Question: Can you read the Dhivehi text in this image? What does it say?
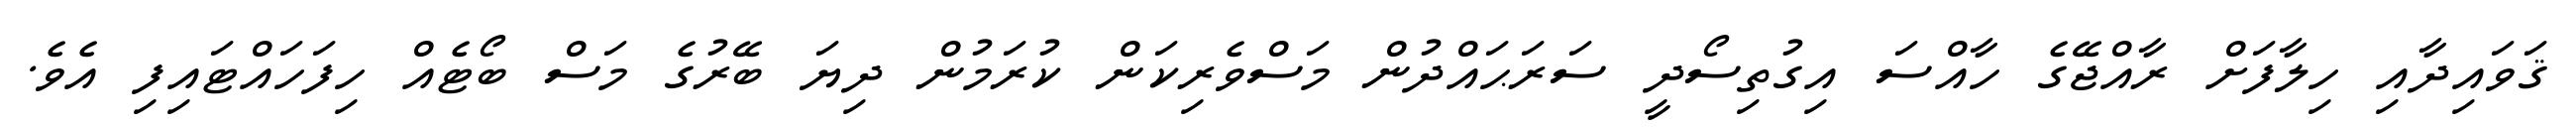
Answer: ޤަވައިދާއި ހިލާފަށް ރާއްޖޭގެ ހާއްސަ އިގުތިސޯދީ ސަރަޙައްދުން މަސްވެރިކަން ކުރަމުން ދިޔަ ބޭރުގެ މަސް ބޯޓެއް ހިފަހައްޓައިފި އެވެ.